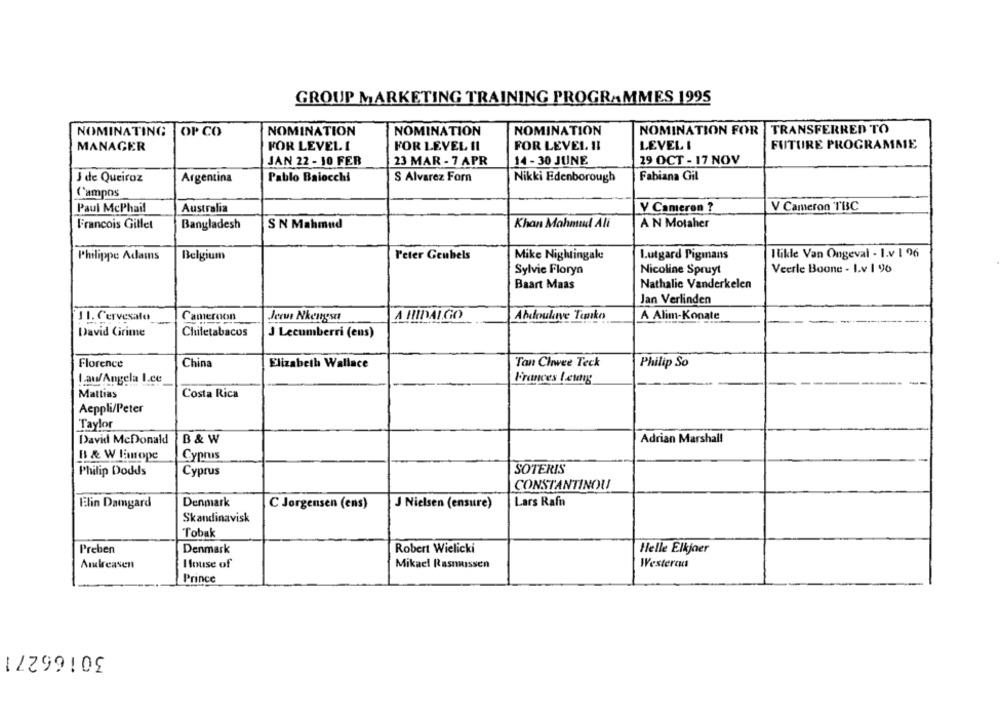
GROUP MARKETING TRAINING PROGRAMMES 1995
NOMINATION FOR |TRANSFERRED TO
NOMINATING
OP CO
NOMINATION
NOMINATION
NOMINATION
MANAGER
FOR LEVEL I
FOR LEVEL II
FOR LEVEL. II
LEVEL I
FUTURE PROGRAMME
JAN 22 - 10 FEB
23 MAR - 7 APR
14 - 30 JUNE
29 OCT - 17 NOV
J de Queiroz
Argentina
Pablo Baiocchi
S Alvarez Forn
Nikki Edenborough
Fabiana Gil
Campos
Paul McPhail
Australia
Y Cameron ?
V Cameron TBC
Francois Gillet
Bangladesh
S N Mahmud
Khan Mahmud Ali
A N Motaher
Philippe Adams
Belgium
l'eter Geubels
Mike Nightingale
Lutgard Pigmans
Ilikle Van Ongeval - I.v 1 96
Sylvie Florya
Nicoline Spruyt
Veerle Boone - Lv 1 96
Baart Maas
Nathalie Vanderkelen
Jan Verlinden
1 1. Cervesalo
Cameroon
A HIDALGO
Abdoulive Tanko
A Alim-Konate
-
David Grime
Chuletabacos
J Lecumberri (ens)
Florence
China
Elizabeth Wallace
Tan Chwee Teck
Philip So
I au/Angela I.ce
Frances Leung
Mattias
Costa Rica
Aeppli/Peter
Taylor
David McDonald
B & W
Adrian Marshall
B & W Hope
Cyprus
Philip Dodds
Cyprus
SOTERIS
CONSTANTINOU
Denmark
Lars Rafn
Elin Damgard
C Jørgensen (ens)
J Nielsen (ensure)
Skandinavisk
Tobak
Preben
Denmark
Robert Wielicki
Helle Elkjaer
Andreasen
House of
Mikael Rasmussen
Westerau
Prince
30166271